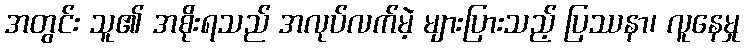
အတွင်း သူ၏ အစိုးရသည် အလုပ်လက်မဲ့ များပြားသည့် ပြဿနာ၊ လူနေမှု